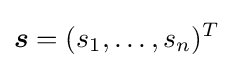
{\boldsymbol {s}}=(s_{1},\ldots ,s_{n})^{T}